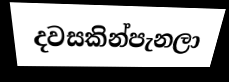
දවසකින්පැනලා